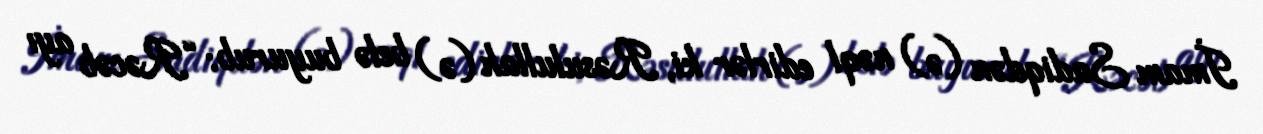
İmam Sadiqdən (ə) nəql edirlər ki, Rəsulullah (ə) belə buyurub: “Rəcəb ayı